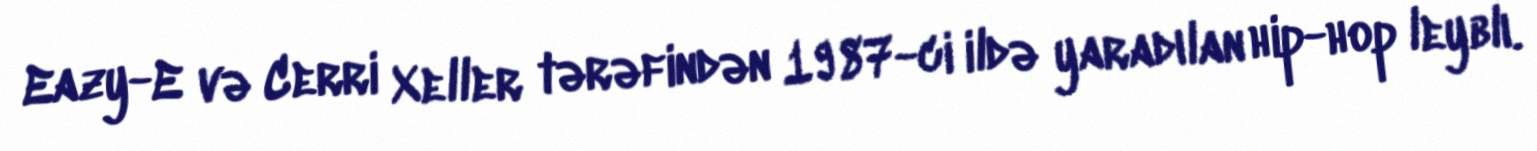
Eazy-E və Cerri Xeller tərəfindən 1987-ci ildə yaradılan hip-hop leyblı.